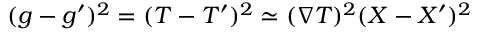
( g - g ^ { \prime } ) ^ { 2 } = ( T - T ^ { \prime } ) ^ { 2 } \simeq ( \nabla T ) ^ { 2 } ( X - X ^ { \prime } ) ^ { 2 }